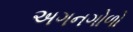
અગનગોળો